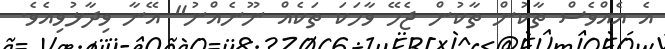
އެ އެއްވެސް ތާކުން ތާކުން ޖެހޭ ވާހަކަ ތަކެއް ނޫނެއްނު" އޭނާ ވިދާޅުވިއެވެ.